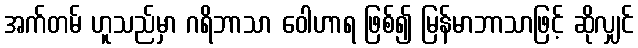
အက်တမ် ဟူသည်မှာ ဂရိဘာသာ ဝေါဟာရ ဖြစ်၍ မြန်မာဘာသာဖြင့် ဆိုလျှင်